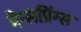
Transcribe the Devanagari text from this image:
मेन्सप्रिंग्स